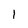
Character: 1